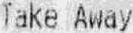
TAKE AWAY